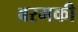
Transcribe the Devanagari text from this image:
बरमकी